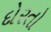
દોરતો